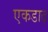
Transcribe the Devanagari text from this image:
एकडाढ़